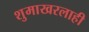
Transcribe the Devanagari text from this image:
शुमाखरलाही